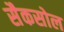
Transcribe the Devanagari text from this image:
सैकसोल